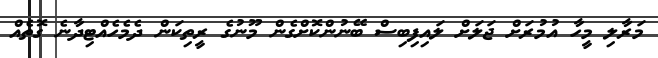
މަރާލި މީހާ އުމުރަށް ޖަލަށް ލައިފިބިސް ބޭނުންކޮށްގެން މޫނުގެ ރީތިކަން ދެމެހެއްޓިދާނެ ގޮތެއް